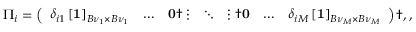
\begin{array} { r } { \Pi _ { i } = \left( \begin{array} { l l l l l l l } { \delta _ { i 1 } \left[ \mathbf { 1 } \right] _ { B { \nu } _ { 1 } \times B { \nu } _ { 1 } } } & { \dots } & { \mathbf { 0 } \dag \vdots } & { \ddots } & { \vdots \dag \mathbf { 0 } } & { \dots } & { \delta _ { i M } \left[ \mathbf { 1 } \right] _ { B { \nu } _ { M } \times B { \nu } _ { M } } } \end{array} \right) \dag , , } \end{array}